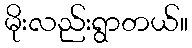
မိုးလည်းရွာတယ်။